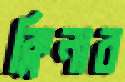
ক্লিনার